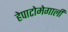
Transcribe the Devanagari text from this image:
हेपाटोमेगाली